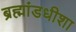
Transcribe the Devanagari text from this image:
ब्रह्मांडधीशा